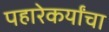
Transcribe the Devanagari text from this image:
पहारेकर्यांचा